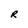
Character: R